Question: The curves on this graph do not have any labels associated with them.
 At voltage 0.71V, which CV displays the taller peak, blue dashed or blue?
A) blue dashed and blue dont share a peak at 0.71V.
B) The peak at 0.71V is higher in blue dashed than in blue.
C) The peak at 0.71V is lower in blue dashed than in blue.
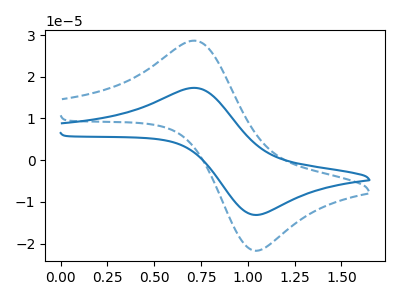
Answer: <think>The blue curve "blue" has an anodic peak at (0.70V, 17.35uA) and a cathodic peak at (1.05V, -13.05uA). The blue dashed curve "blue dashed" has an anodic peak at (0.70V, 28.65uA) and a cathodic peak at (1.05V, -21.60uA).</think>
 <answer>B) The peak at 0.71V is higher in "blue dashed" than in "blue".</answer>
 <eval>B</eval>